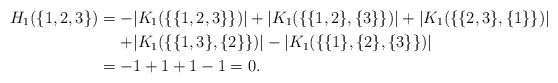
LaTeX: \begin{align*}H_1 (\{1,2,3\})=-&|K_1 (\{\{1,2,3\}\})|+|K_1 (\{\{1,2\},\{3\}\})| +|K_1 (\{\{2,3\},\{1\}\})| \\ +&|K_1 (\{\{1,3\},\{2\}\})|-|K_1 (\{\{1\},\{2\},\{3\}\})| \\=-&1+1+1-1=0.\end{align*}